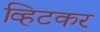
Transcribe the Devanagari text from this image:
व्हिटकर